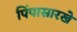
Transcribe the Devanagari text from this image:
पिंपासारखे